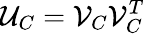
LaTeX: \mathcal{U}_{C}=\mathcal{V}_{C}\mathcal{V}_{C}^{T}